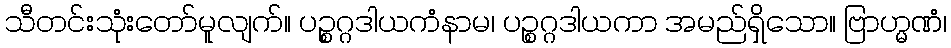
သီတင်းသုံးတော်မူလျက်။ ပဉ္စဂ္ဂဒါယကံနာမ၊ ပဉ္စဂ္ဂဒါယကာ အမည်ရှိသော။ ဗြာဟ္မဏံ၊